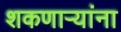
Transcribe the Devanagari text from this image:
शकणाऱ्यांना